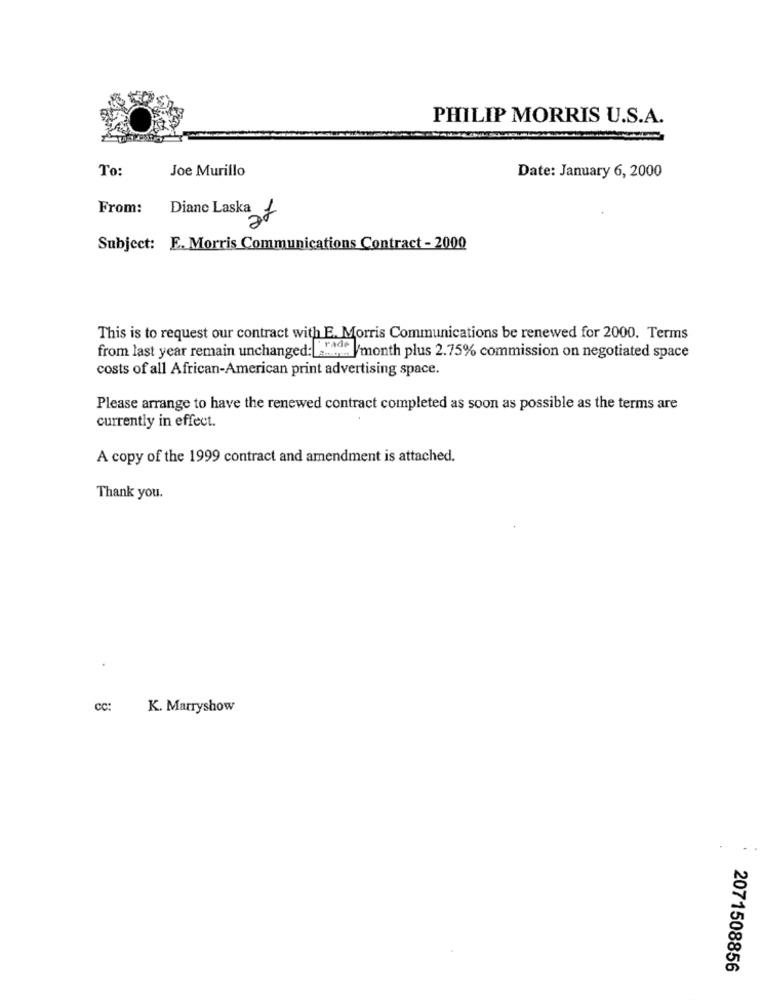
PHILIP MORRIS U.S.A.
To:
Joe Murillo
Date: January 6, 2000
From:
Diane Laska
27
Subject: E. Morris Communications Contract - 2000
This is to request our contract with E. Morris Communications be renewed for 2000. Terms
from last year remain unchanged: ..... /month plus 2.75% commission on negotiated space
costs of all African-American print advertising space.
Please arrange to have the renewed contract completed as soon as possible as the terms are
currently in effect.
A copy of the 1999 contract and amendment is attached.
Thank you.
CC:
K. Marryshow
2071508856